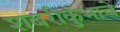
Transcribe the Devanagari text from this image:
शबरीकुंभाचे